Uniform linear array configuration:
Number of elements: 24
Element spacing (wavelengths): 0.25
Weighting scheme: exponential
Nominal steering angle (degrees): -15
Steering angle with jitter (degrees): -16.787
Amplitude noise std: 0.05
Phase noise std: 0.05

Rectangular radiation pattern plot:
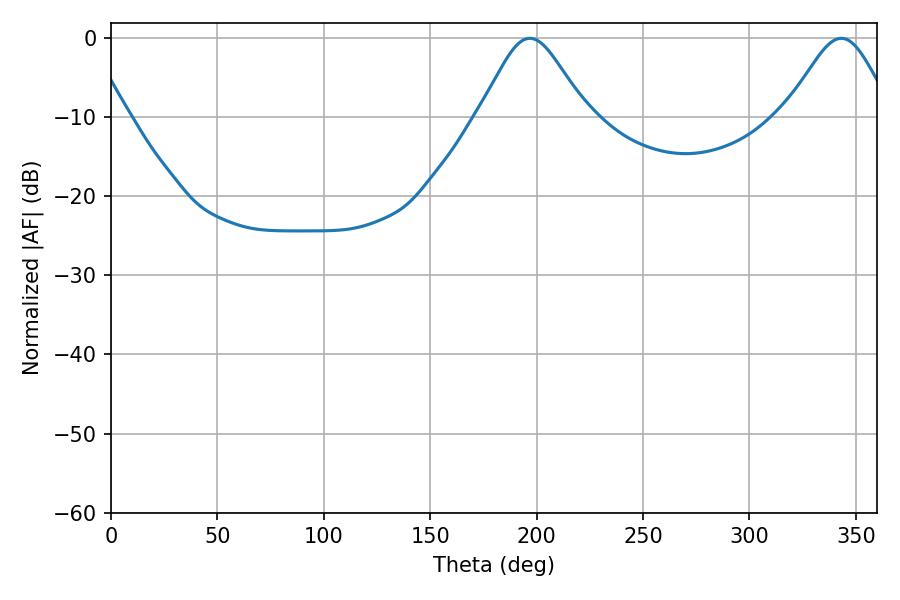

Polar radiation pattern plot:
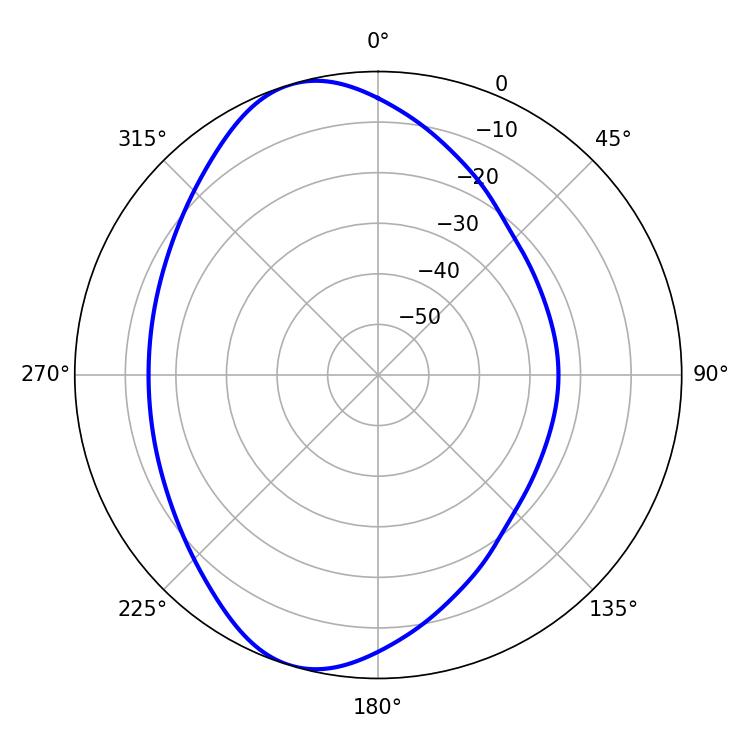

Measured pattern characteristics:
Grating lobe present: FALSE
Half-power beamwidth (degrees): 24.66
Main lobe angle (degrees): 196.74